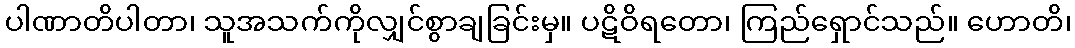
ပါဏာတိပါတာ၊ သူအသက်ကိုလျှင်စွာချခြင်းမှ။ ပဋိဝိရတော၊ ကြည်ရှောင်သည်။ ဟောတိ၊